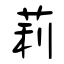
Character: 莉